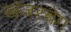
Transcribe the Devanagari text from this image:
खंजरबेग